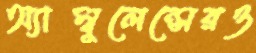
অ্যাম্বুলেন্সেরও